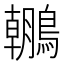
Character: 𪆘